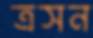
ত্রসন